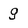
Character: g